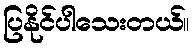
ပြနိုင်ပါသေးတယ်။